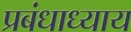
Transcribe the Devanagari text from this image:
प्रबंधाध्याय